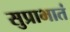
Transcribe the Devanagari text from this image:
सुप्राभातं